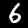
Digit: 6